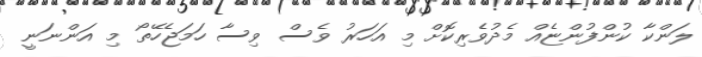
ލަންކާ ކުންފުންޏެއް މެދުވެރިކޮށް މި އަަހަރު ވެސް ވިސާ ހަމަޖެހޭތޯ މި އަންނަނީ